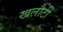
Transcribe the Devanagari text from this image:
खलौटी